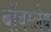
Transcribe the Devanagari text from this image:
बॉबस्लेय